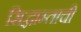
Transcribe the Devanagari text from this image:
सिद्धाम्ताची